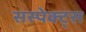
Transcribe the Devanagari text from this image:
सस्पेक्ट्स